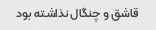
قاشق و چنگال نذاشته بود